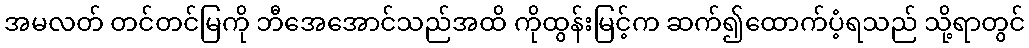
အမလတ် တင်တင်မြကို ဘီအေအောင်သည်အထိ ကိုထွန်းမြင့်က ဆက်၍ထောက်ပံ့ရသည် သို့ရာတွင်